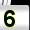
Digit: 5